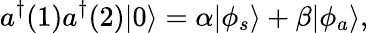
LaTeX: a^{\dagger}(1)a^{\dagger}(2)|0\rangle=\alpha|\phi_{s}\rangle+\beta|\phi_{a}\rangle,